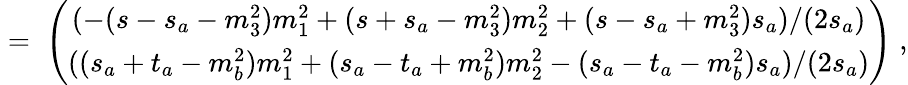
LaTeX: \; =\; \left(\begin{array}{c}{{(-(s-s_{a}-m_{3}^{2})m_{1}^{2}+(s+s_{a}-m_{3}^{2})m_{2}^{2}+(s-s_{a}+m_{3}^{2})s_{a})/(2s_{a})}}\\ {{((s_{a}+t_{a}-m_{b}^{2})m_{1}^{2}+(s_{a}-t_{a}+m_{b}^{2})m_{2}^{2}-(s_{a}-t_{a}-m_{b}^{2})s_{a})/(2s_{a})}}\end{array}\right)\; ,